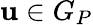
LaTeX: \mathbf{u}\in G_{P}